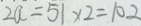
2 a = 5 1 \times 2 = 1 0 2